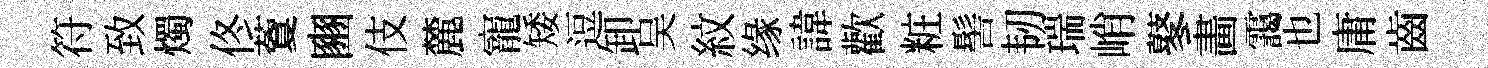
符致燭佟藑豳伎麓寵矮逗卸吴紋缘諱歡粧髻韧瑞峭鼕畵靄也庸齒